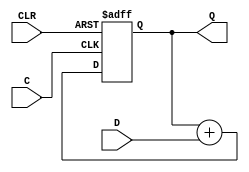
`timescale 1ns / 1ps

module unsigned_Up_asyncReset_accumulator(
    input C,
    input CLR,
    input [3:0] D,
    output [3:0] Q
    );
	 reg [3:0] temp;
	 
	 always @ (posedge C or posedge CLR) begin
		if (CLR)
			temp = 4'b0000;
		else
			temp = temp + D;
	 end
	 
	 assign Q = temp;

endmodule